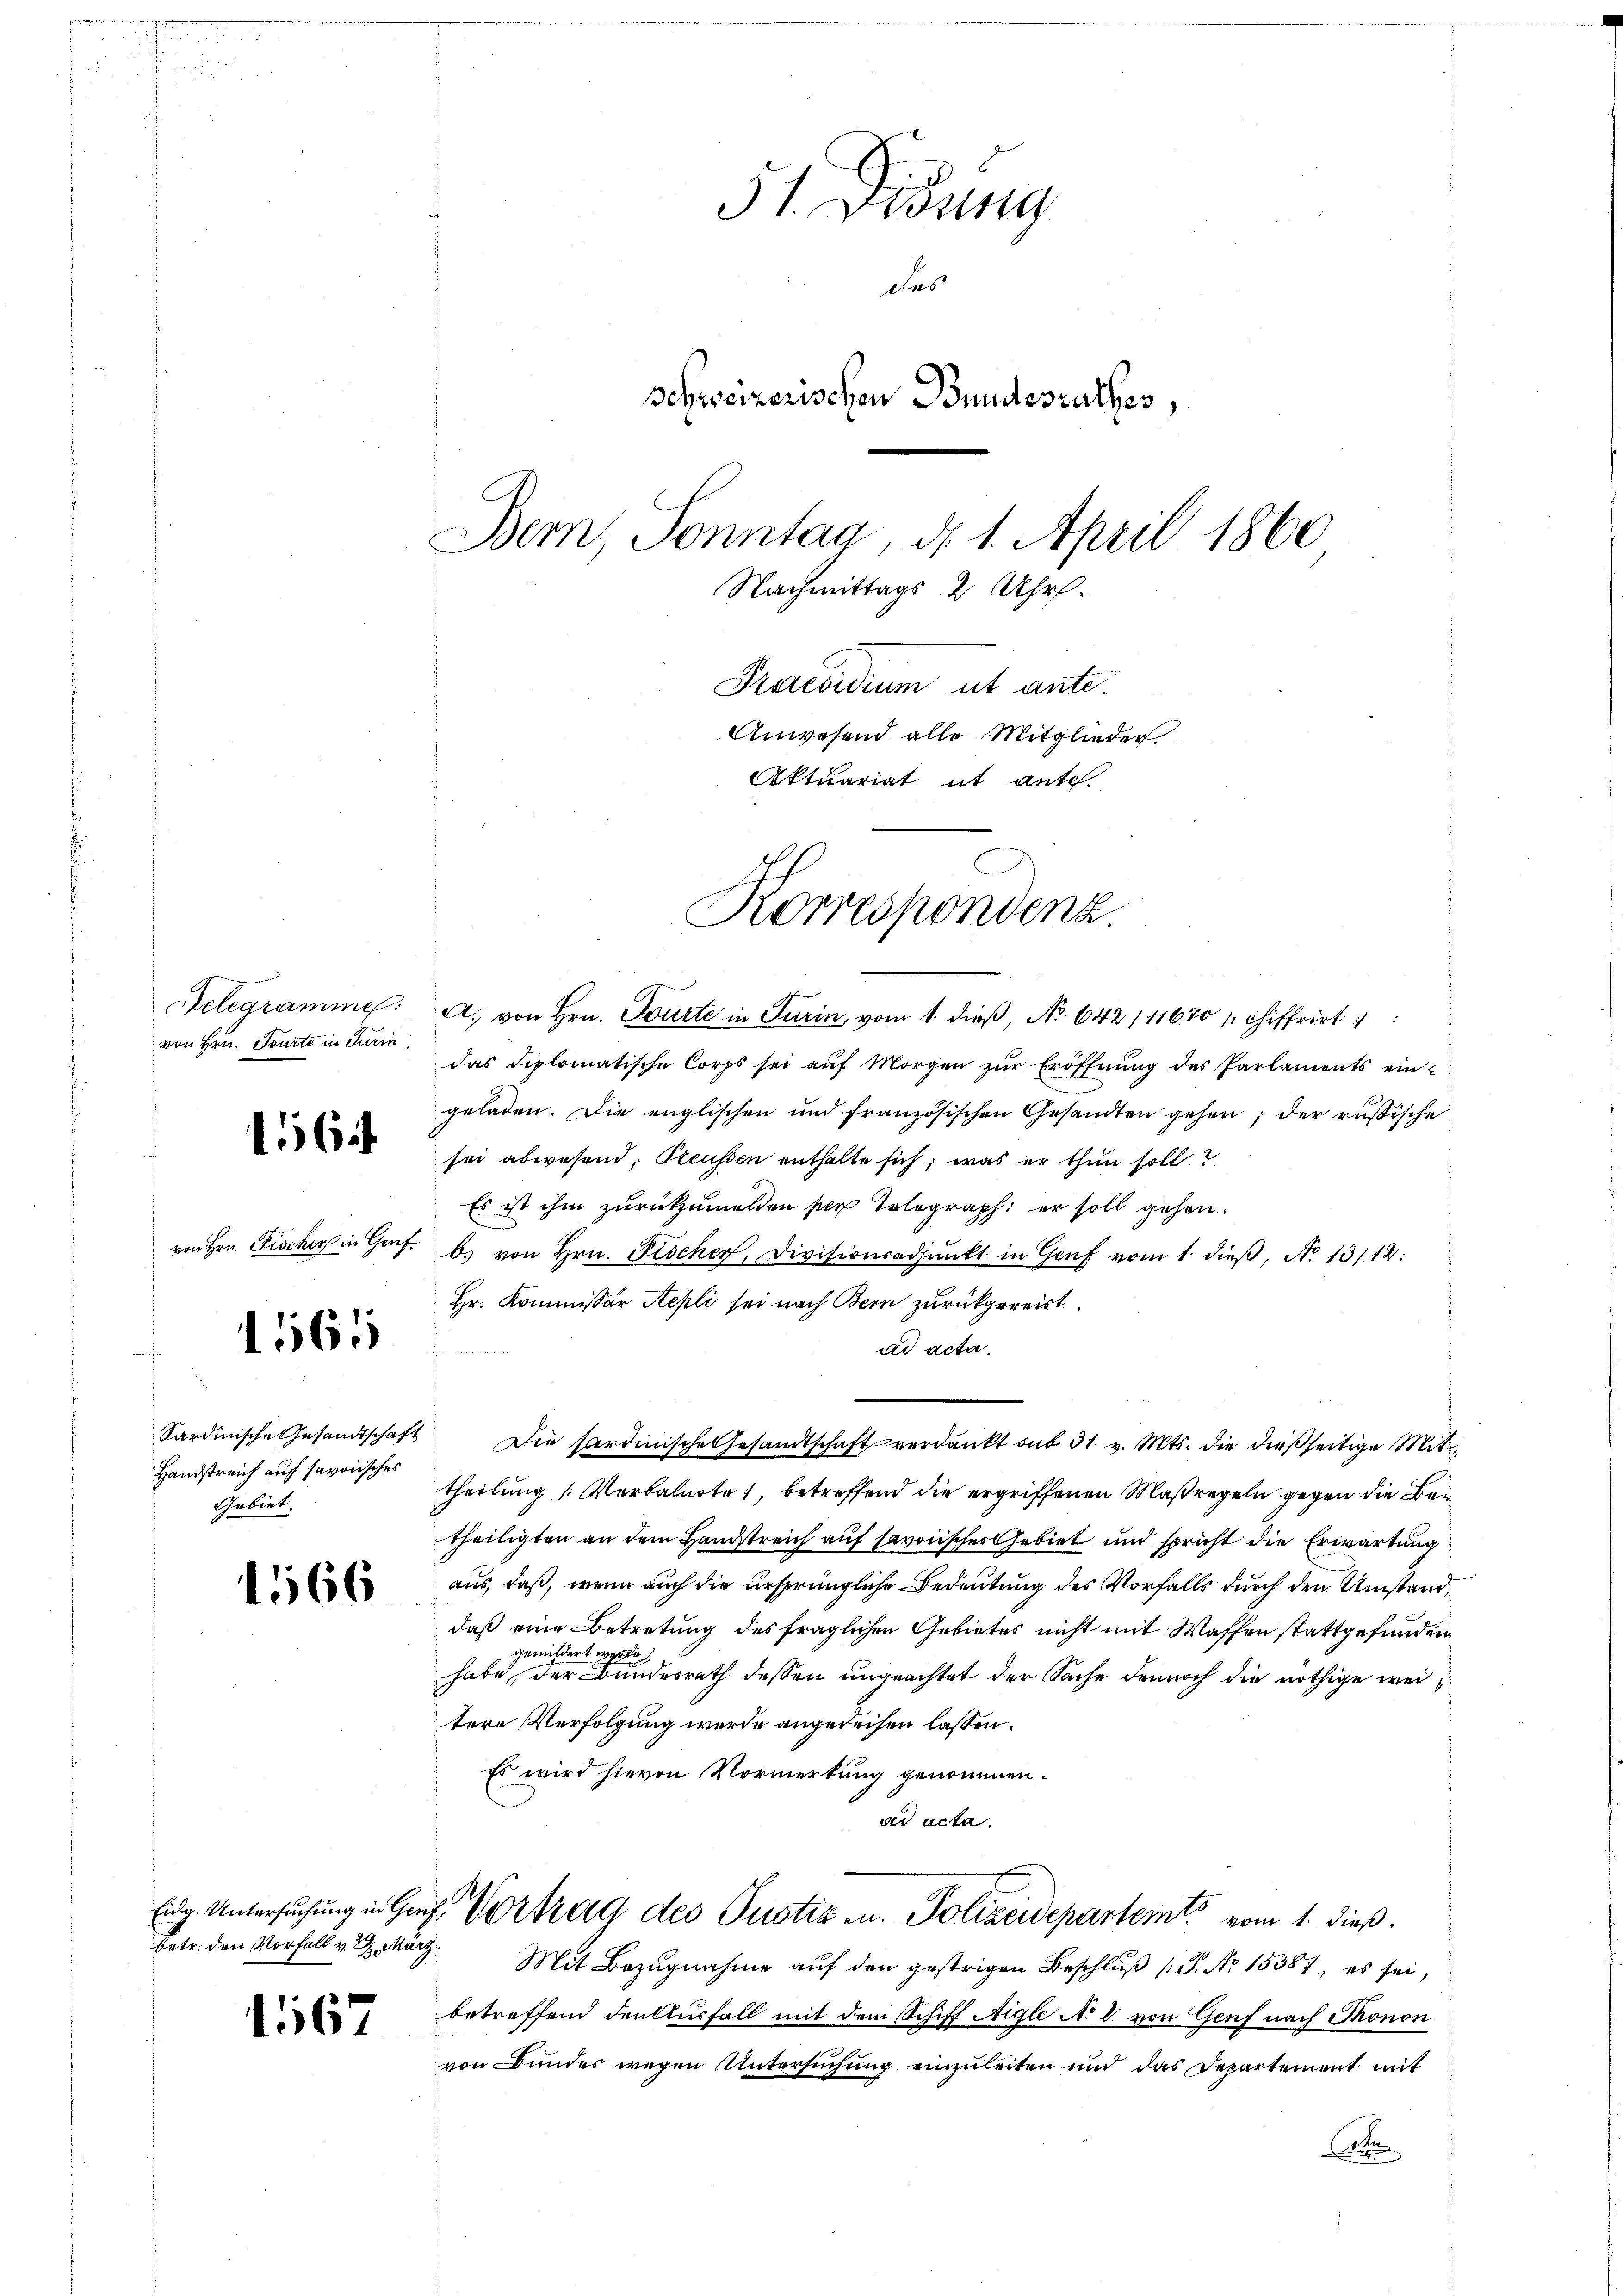
Delegramme
von Hrn. Tourte in Turin,

1564.

von Hrn. Fischer in Genf

1565

Sardinische Gesandtschaft
Handstreich auf savoisches
Gebiet,

1566

1567

5t. Ordung
das
Schweizerischen Bundesrathes,
Bem, Sonntag, d. 1. April 1860
Nachmittags 2 Uhr.
Praesidium ut ante.
Anwesend alle Mitglieder
Aktuariat it ante.
Korrespondenz

A. von Hrn. Tourte in Turin, vom 1. dieß, No 642/11670 chiffrirt
das diplomatische Corps sei aŭf Morgen zŭr Eröffnŭng des Parlaments ein-
geladen. Die englischen und französischen Gesandten gehen; der russische
sei abwesend: Steussen enthalte sich, was er thun soll?
Es ist ihm zurückzumelden per Tolograph: er soll gehen.
b. von Hrn. Fischer, Divisionsadjunkt in Genf vom 1. dieβ, N. 13112:
Hr. Kommissär Repli sei nach Bern zurückgereist.
ad acta.
theilung [Verbalnote, betreffend die ergriffenen Maßregeln gegen die Bei
theiligten an dem Handstreich auf savonisches Gebiet und spricht die Erwartung
aus, daß, wenn auch die ursprüngliche Bedeutung des Vorfalls durch den Umstand,
daß eine Betretung des fraglichen Gebietes nicht mit Waffen stattgefunden
gemildert werde
habe, der Bundesrath dessen ungeachtet der Sache dennoch die nöthige weitere Verfolgung wurde angedeihen lassen.
Es wird hievon Vormerkung genommen.
ad acta.
Eidg. Untersŭchŭng in Genf, Vortrag des Justiz u. Polizeideparteints vom 1. dieß.
Petr. den Vorfall u. d. Marg. Mit Bezŭgnahme aŭf den gestrigen Beschlŭβ (T. No 15387, es sei,
betreffend denkturfall mit dem Schiff Aigle N. B. von Genf nach Thonon
von Bunder wegen Untersuchung einzuleiten und das Departement mit
Auten

Die Sardinische Gesandtschaft verdankt sub 31. v. Mts. die dießseitige Mit¬